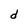
Character: d